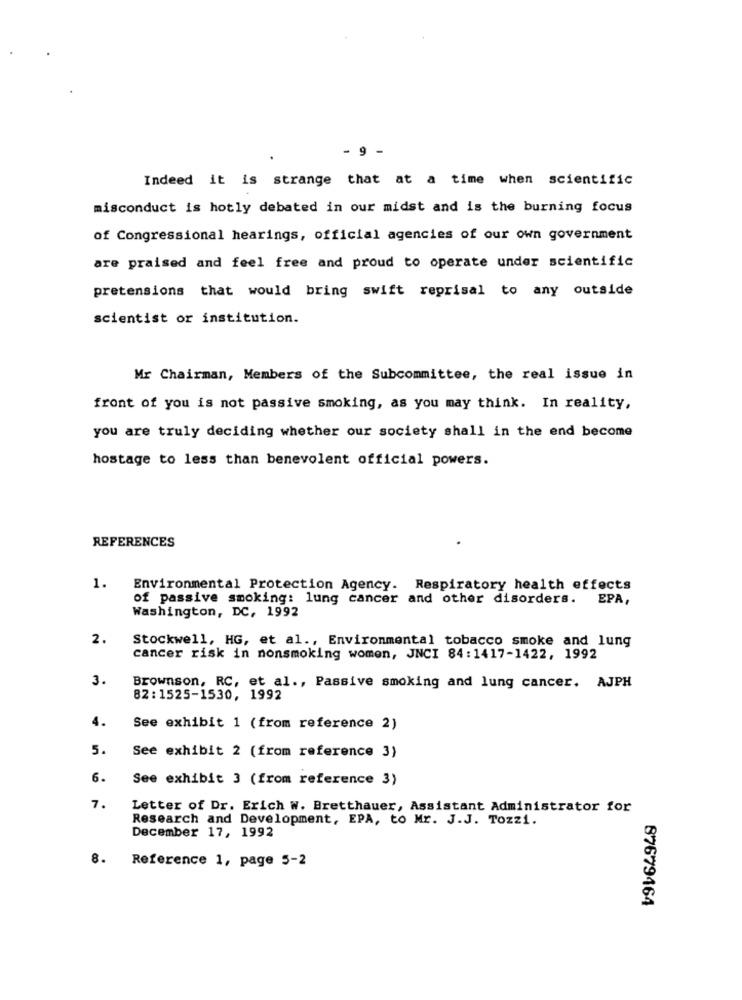
- 9 -
Indeed it is strange that at a time when scientific
misconduct is hotly debated in our midst and is the burning focus
of Congressional hearings, official agencies of our own government
are praised and feel free and proud to operate under scientific
pretensions that would bring swift reprisal to any outside
scientist or institution.
Mr Chairman, Members of the Subcommittee, the real issue in
front of you is not passive smoking, as you may think. In reality,
you are truly deciding whether our society shall in the end become
hostage to less than benevolent official powers.
REFERENCES
1.
Environmental Protection Agency. Respiratory health effects
of passive smoking: lung cancer and other disorders. EPA,
Washington, DC, 1992
2.
Stockwell, HG, et al ., Environmental tobacco smoke and lung
cancer risk in nonsmoking women, JNCI 84:1417-1422, 1992
3.
Brownson, RC, et al ., Passive smoking and lung cancer. AJPH
82: 1525-1530, 1992
4.
See exhibit 1 (from reference 2)
5.
See exhibit 2 (from reference 3)
6.
See exhibit 3 (from reference 3)
7.
Letter of Dr. Erich W. Bretthauer, Assistant Administrator for
Research and Development, EPA, to Mr. J.J. Tozzi.
December 17, 1992
8.
Reference 1, page 5-2
87679464